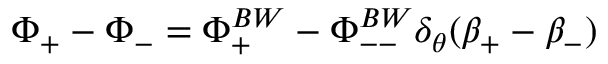
\Phi _ { + } - \Phi _ { - } = \Phi _ { + } ^ { B W } - \Phi _ { -- } ^ { B W } \delta _ { \theta } ( \beta _ { + } - \beta _ { - } )